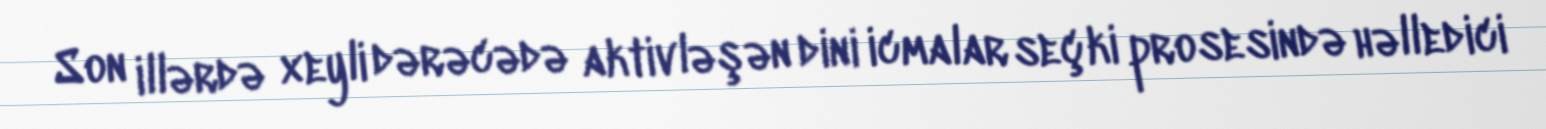
Son illərdə xeyli dərəcədə aktivləşən dini icmalar seçki prosesində həlledici